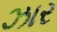
ઝાર